Lunatic asylums Punjab 1868-1880 - 1868-1880
Year: 1868
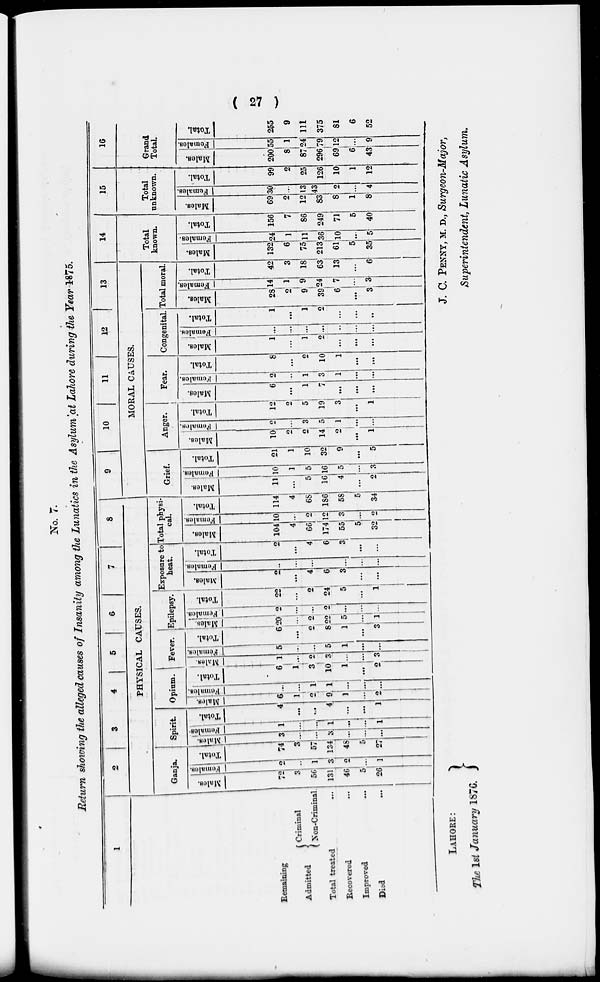
( 27 )
No. 7.
Return showing the alleged causes of Insanity among the Lunatics in the Asylum at Lahore during the Year 1875.
1
Remaining
Admitted
Criminal
Non-Criminal.
Total treated ...
Recovered ...
Improved
...
Died ...
2
3
4
5
6
7
8
PHYSICAL CAUSES.
Ganja.
Males.
72
3
56
131
46
5
26
Females.
2
..
1
3
2
...
1
Total.
74
3
57
134
48
5
27
Spirit.
Males.
3 ...
...
3
...
...
...
Females.
1
...
...
1
...
...
1
Total.
4
...
...
4
...
...
1
Opium.
Males.
6
1
2
9
1
...
2
Females.
...
...
1
1
...
...
...
Total.
6
1
3
10
1
...
2
Fever.
Males.
1
...
2
3
...
...
3
Females.
5
...
...
5
1
...
...
Total.
6
...
2
8
1
...
3
Epilepsy.
Mal es .
20
...
2
22
5
...
1
Females.
2
...
...
2
...
...
...
Total.
22
...
2
24
5
...
1
Exposure to
heat.
Males.
2
...
4
6
3
...
...
Females.
...
...
...
...
...
...
Total.
2
...
4
6
3
...
...
Total physi-
cal.
Males.
104
4
66
174
55
5
32
Females.
10
...
2
12
3
...
2
Total.
114
4
68
186
58
5
34
9
10
11
12
13
MORAL CAUSES.
Grief.
Males.
11
...
5
16
4
...
2
Females.
10
1
5
16
5
...
3
Total.
21
1
10
32
9
...
5
Anger.
Males.
10
2
2
14
2
...
1
Females.
2
...
3
5
1
...
...
Total.
12
2
5
19
3
...
1
Fear.
Males.
6
...
1
7
...
...
...
Females.
2
...
1
3
1
...
...
Total.
8
...
2
10
1
...
...
Congenital
Males.
1
...
1
2
...
...
...
Females.
...
...
...
...
...
...
...
Total.
1
...
1
2
...
...
...
Total moral.
Males.
28
2
9
39
6
...
3
Females.
14
1
9
24
7
...
3
Total.
42
3
18
63
13
...
6
14
Total
known.
Males.
132
6
75
213
61
5
35
Females.
24
1
11
36
10
...
5
Total.
156
7
86
249
71
5
40
15
Total
unknown.
Males.
69
2
12
83
8
1
8
Females.
30
...
13
43
2
...
4
Total.
99
2
25
126
10
1
12
16
Grand
Total.
Males.
200
8
87
296
69
6
43
Females.
55
1
24
79
12
...
9
Total.
255
9
111
375
81
6
52
LAHORE:
The 1st January 1876.
J. C. PENNY, M. D., Surgeon-Major,
Superintendent, Lunatic Asylum.